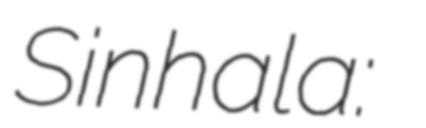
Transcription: Sinhala: සංගමන්